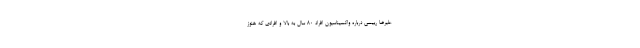
علیرضا رییسی درباره واکسیناسیون افراد ۸۰ سال به بالا و افرادی که هنوز